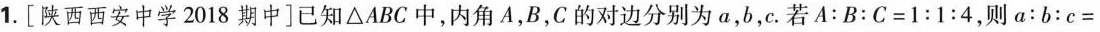
1.[陕西西安中学2018期中]已知△ABC中，内角A，B，C的对边分别为α，b，c.若$$A : B : C = 1 : 1 : 4$$，则$$a : b : c =$$